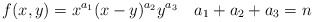
\begin{align*}f(x,y)=x^{a_1}(x-y)^{a_2}y^{a_3} \ \ \ a_1+a_2+a_3=n\end{align*}